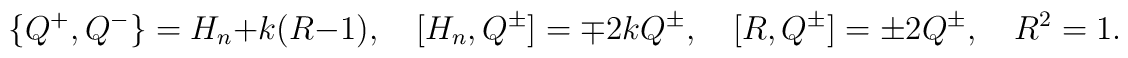
\{Q^+,Q^-\}=H_n+k(R-1),\quad[H_n,Q^\pm]=\mp 2k Q^\pm,\quad[R,Q^\pm]=\pm 2Q^\pm,\quad R^2=1.